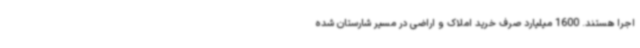
اجرا هستند. 1600 میلیارد صرف خرید املاک و اراضی در مسیر شارستان شده